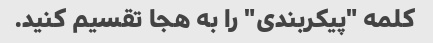
کلمه "پیکربندی" را به هجا تقسیم کنید.